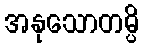
အနုသောတမ္ပိ